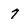
Character: 7